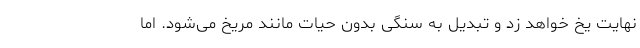
نهایت یخ خواهد زد و تبدیل به سنگی بدون حیات مانند مریخ می‌شود. اما